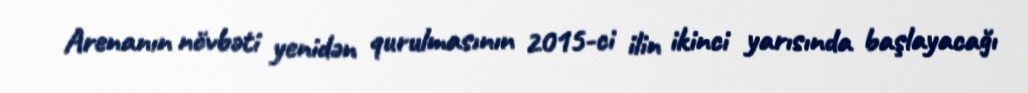
Arenanın növbəti yenidən qurulmasının 2015-ci ilin ikinci yarısında başlayacağı